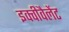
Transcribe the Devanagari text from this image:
इक्वीवैलेंट